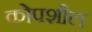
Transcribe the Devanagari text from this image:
कोपशील